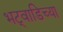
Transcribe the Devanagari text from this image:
भट्वाडिच्या